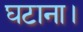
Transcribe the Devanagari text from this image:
घटाना।